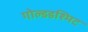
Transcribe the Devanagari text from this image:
गोल्डडश्मिट